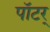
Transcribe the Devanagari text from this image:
पॉटर्